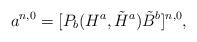
LaTeX: \begin{align*}a^{n,0}=[P_b(H^a,\tilde H^a) \tilde B^b]^{n,0},\end{align*}